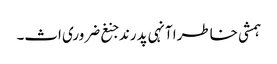
ہمشی خاطرا آنہی پدرند جنغ ضروری اث۔